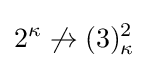
\displaystyle 2^{\kappa }\not \rightarrow (3)_{\kappa }^{2}